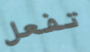
تفعل